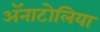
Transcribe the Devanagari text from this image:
ॲनाटोलिया